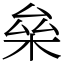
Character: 㕖